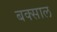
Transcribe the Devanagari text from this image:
बक्साल